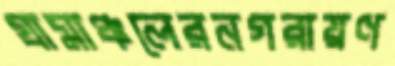
গ্রামাঞ্চলেরনগরায়ণ